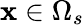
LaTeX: \textbf{x}\in\Omega_{s}